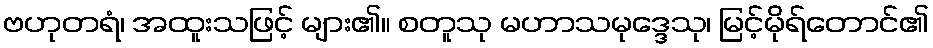
ဗဟုတရံ၊ အထူးသဖြင့် များ၏။ စတူသု မဟာသမုဒ္ဒေသု၊ မြင့်မိုရ်တောင်၏